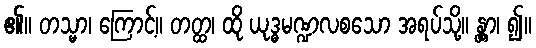
၏။ တသ္မာ၊ ကြောင့်။ တတ္ထ၊ ထို ယုဒ္ဓမဏ္ဍလစသော အရပ်သို့။ န္တွာ၊ ၍။